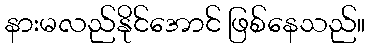
နားမလည်နိုင်အောင် ဖြစ်နေသည်။